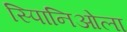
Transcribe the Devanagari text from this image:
स्पािनिओला